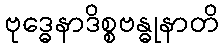
ဗုဒ္ဓေနာဒိစ္စဗန္ဓုနာတိ